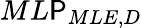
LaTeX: ML\mathsf{P}_{MLE,D}